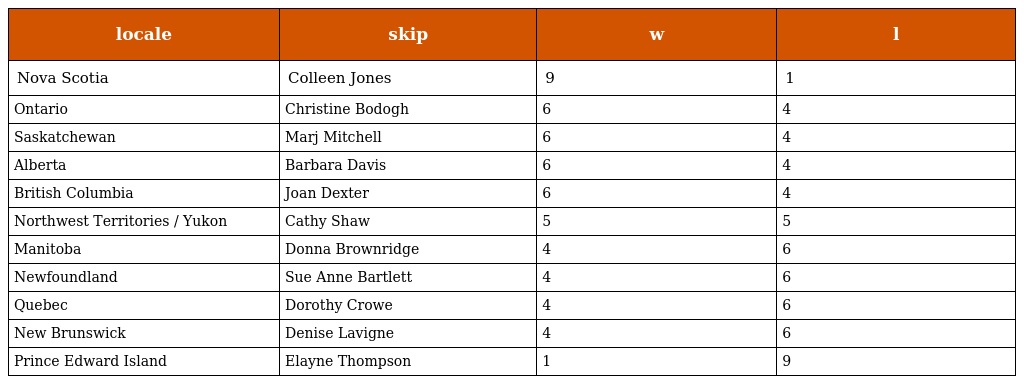
| locale | skip | w | l |
 | --- | --- | --- | --- |
 | Nova Scotia | Colleen Jones | 9 | 1 |
 | Ontario | Christine Bodogh | 6 | 4 |
 | Saskatchewan | Marj Mitchell | 6 | 4 |
 | Alberta | Barbara Davis | 6 | 4 |
 | British Columbia | Joan Dexter | 6 | 4 |
 | Northwest Territories / Yukon | Cathy Shaw | 5 | 5 |
 | Manitoba | Donna Brownridge | 4 | 6 |
 | Newfoundland | Sue Anne Bartlett | 4 | 6 |
 | Quebec | Dorothy Crowe | 4 | 6 |
 | New Brunswick | Denise Lavigne | 4 | 6 |
 | Prince Edward Island | Elayne Thompson | 1 | 9 |